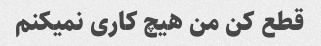
قطع کن من هیچ کاری نمیکنم